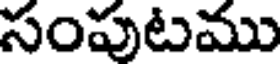
సంపుటము